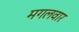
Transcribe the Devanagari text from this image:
मगलवार